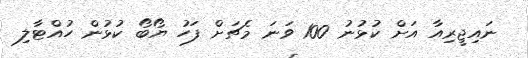
ނައިޖީރިއާ އަށް ކުޅުނު 100 ވަނަ މެޗަށް ފަހު ޔޯބޯ ކުޅުން ހުއްޓާލި